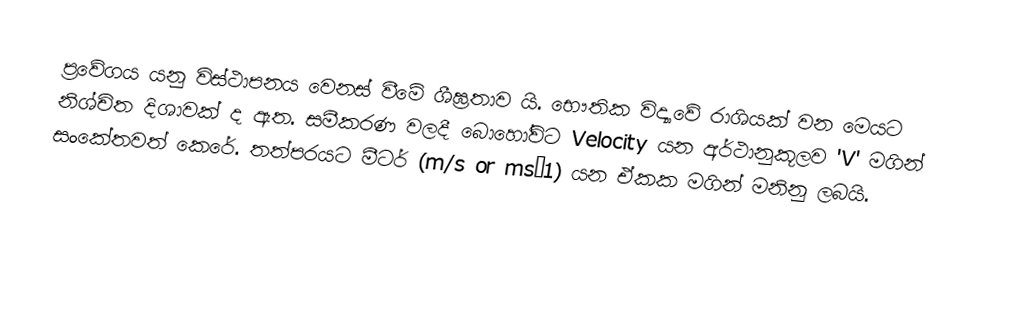
ප්‍රවේගය යනු විස්ථාපනය වෙනස් වීමේ ශීඝ්‍රතාව යි. භෞතික විද්‍යාවේ රාශියක් වන මෙයට නිශ්චිත දිශාවක් ද ඇත. සමීකරණ වලදී  බොහෝවිට Velocity යන අර්ථානුකූලව 'V' මගින් සංකේතවත් කෙරේ. තත්පරයට මීටර් (m/s or ms−1) යන ඒකක මගින් මනිනු ලබයි.